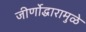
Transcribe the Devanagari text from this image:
जीर्णोद्धारामुळे